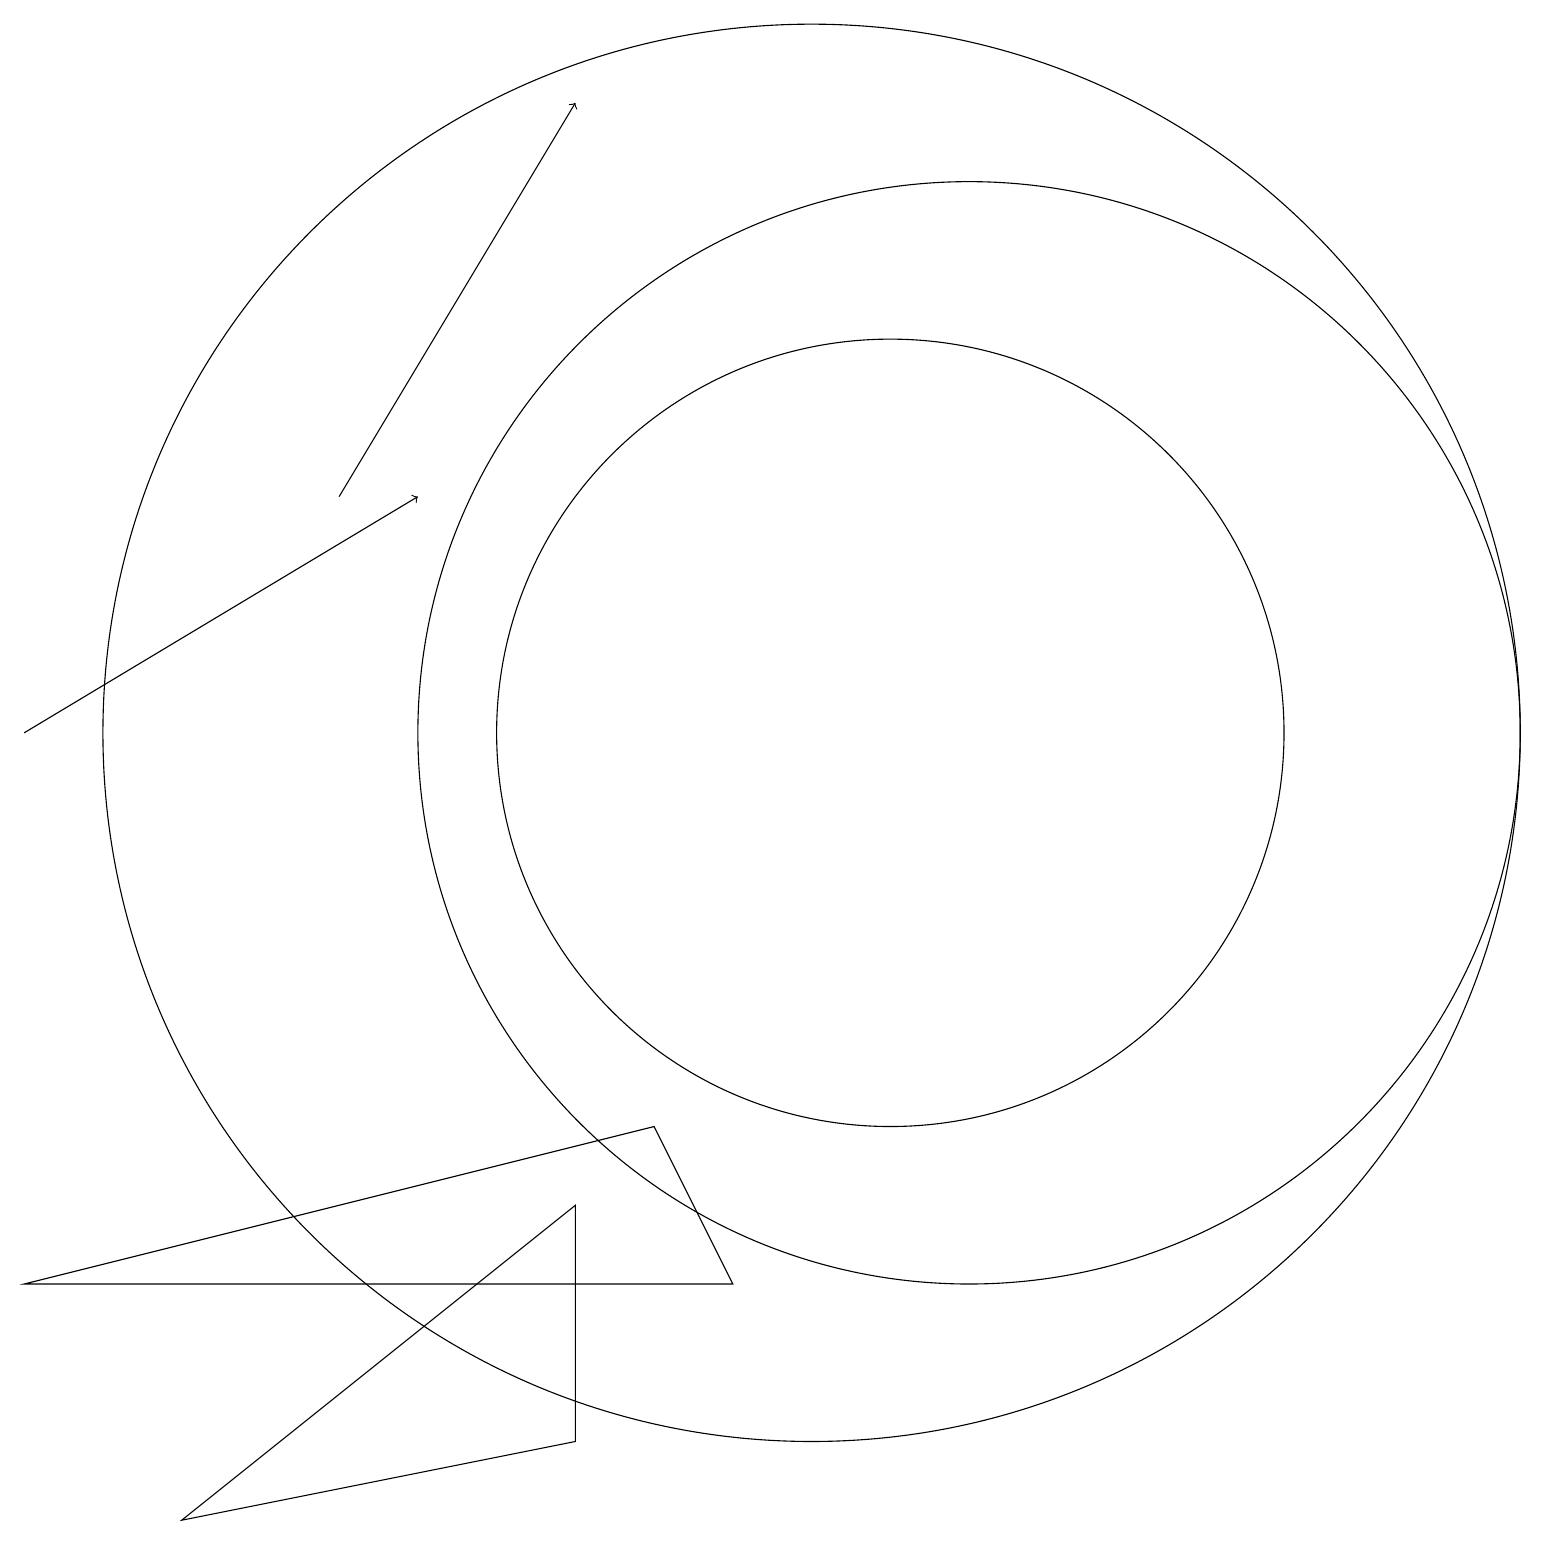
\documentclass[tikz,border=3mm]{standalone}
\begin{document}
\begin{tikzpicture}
\draw (10,10) circle (9);
\draw[->] (4,13) -- (7,18);
\draw (12,10) circle (7);
\draw (9,3) -- (0,3) -- (8,5) -- cycle;
\draw (11,10) circle (5);
\draw[->] (0,10) -- (5,13);
\draw (7,1) -- (2,0) -- (7,4) -- cycle;
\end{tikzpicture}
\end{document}